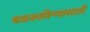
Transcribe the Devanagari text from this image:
बळकाविण्यासाठी